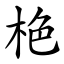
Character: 栬